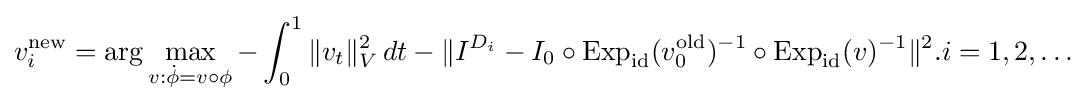
v_{i}^{\text{new}}=\arg \max _{v:{\dot {\phi }}=v\circ \phi }-\int _{0}^{1}\|v_{t}\|_{V}^{2}\,dt-\|I^{D_{i}}-I_{0}\circ \mathrm {Exp} _{\mathrm {id} }(v_{0}^{\text{old}})^{-1}\circ \mathrm {Exp} _{\mathrm {id} }(v)^{-1}\|^{2}.i=1,2,\dots